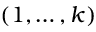
( 1 , \ldots , k )